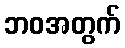
ဘဝအတွက်